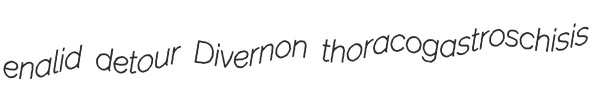
enalid detour Divernon thoracogastroschisis